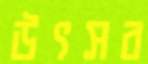
উৎসব